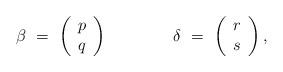
LaTeX: \begin{align*}\beta\ =\ \left(\begin{array}{c}p\\q\end{array}\right)\qquad\qquad\delta\ =\ \left(\begin{array}{c}r\\s\end{array}\right),\end{align*}